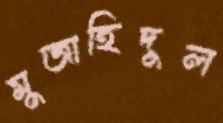
মুজাহিদুল